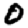
Digit: 0